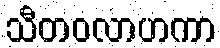
သီတဝလာဟကာ